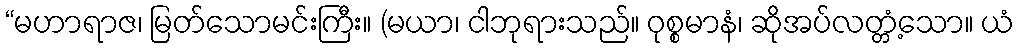
“မဟာရာဇ၊ မြတ်သောမင်းကြီး။ (မယာ၊ ငါဘုရားသည်။ ဝုစ္စမာနံ၊ ဆိုအပ်လတ္တံ့သော။ ယံ